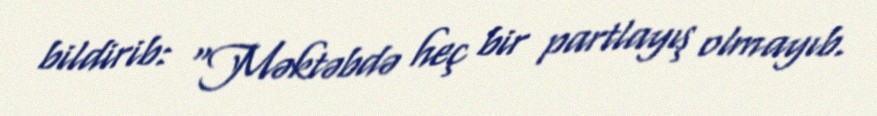
bildirib: “Məktəbdə heç bir partlayış olmayıb.